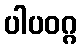
ပါပဝဂ္ဂ